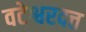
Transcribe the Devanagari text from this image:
वटेश्वरदत्त